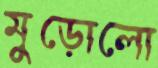
মুড়োলো